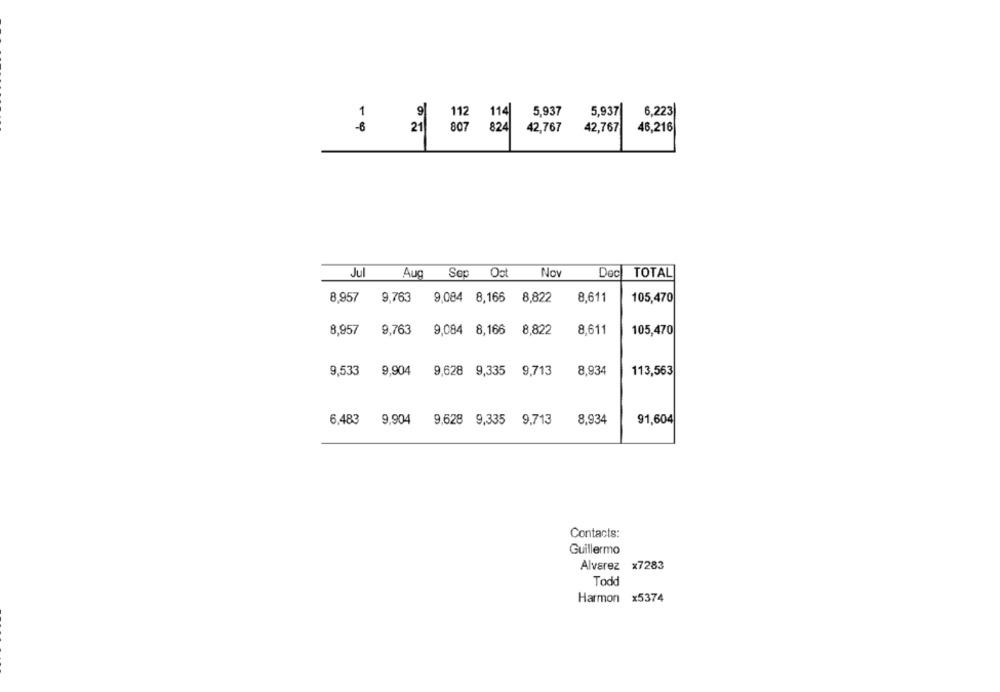
112 114 5,937
5,937
6,223
21
807
824
42,767
42,767
46,216
:
Jul
Aug Sep Oct
Nov
Dec
TOTAL
9,763 9,084 8,166
105,470
8,957
8,822
8,611
8,957
9,763
9,084 8,166
8,822
8,611
105,470
9,533
9,904
9,628 9,335 9,713
8,934
113,563
6,483
9,904 9,628 9,335 9,713
8,934
91,604
Contacts:
Guillermo
Alvarez x7283
Todd
Harmon x5374